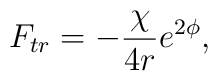
F_{tr}=-\frac{\chi}{4r}e^{2 \phi},